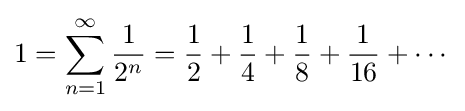
1=\sum _{n=1}^{\infty }{\frac {1}{2^{n}}}={\frac {1}{2}}+{\frac {1}{4}}+{\frac {1}{8}}+{\frac {1}{16}}+\cdots